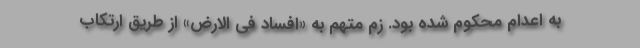
به اعدام محکوم شده بود. زم متهم به «افساد فی الارض» از طریق ارتکاب